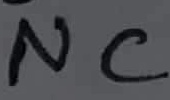
Text: NC